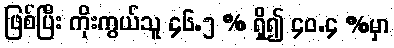
ဖြစ်ပြီး ကိုးကွယ်သူ ၄၆.၅ % ရှိ၍ ၄၀.၄ %မှာ